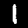
Digit: 1